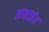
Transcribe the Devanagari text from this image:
असाइंड